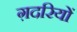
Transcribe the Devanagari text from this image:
ग़दरियों